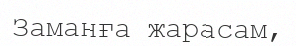
Заманға жарасам,